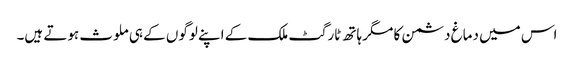
اس میں دماغ دشمن کا مگر ہاتھ ٹارگٹ ملک کے اپنے لوگوں کے ہی ملوث ہوتے ہیں۔